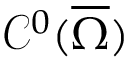
\mathcal { C } ^ { 0 } ( \overline { { \Omega } } )